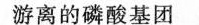
游离的磷酸基团